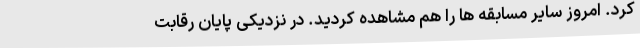
کرد. امروز سایر مسابقه ها را هم مشاهده کردید. در نزدیکی پایان رقابت